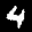
Label: 4